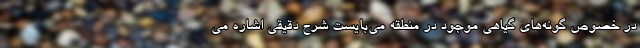
در خصوص گونه‌های گیاهی موجود در منطقه می‌بایست شرح دقيقي اشاره مي